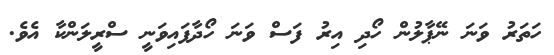
ހަތަރު ވަނަ ނޭޕާލުން ހޯދި އިރު ފަސް ވަނަ ހޯދާފައިވަނީ ސްރީލަންކާ އެވެ.